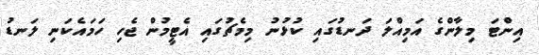
އިންޓަ މިލާންގެ އަމިއްލަ ދަނޑުގައި ކުޅުނު މިމެޗުގައި އެޓީމުން ޖެހި ހަމައެކަނި ލަނޑު